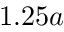
1 . 2 5 a